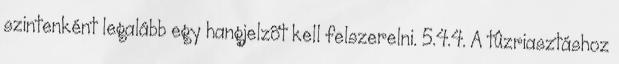
szintenként legalább egy hangjelzõt kell felszerelni. 5.4.4. A tûzriasztáshoz